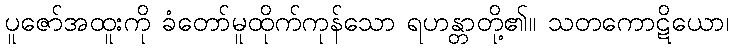
ပူဇော်အထူးကို ခံတော်မူထိုက်ကုန်သော ရဟန္တာတို့၏။ သတကောဋိယော၊